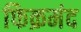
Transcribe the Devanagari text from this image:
फिक्रमंद